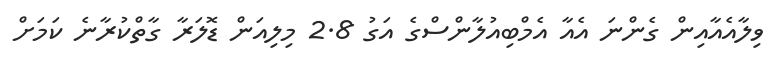
ވިލާއެއާއިން ގެންނަ އެއާ އެމްބިއުލާންސްގެ އަގު 2.8 މިލިއަން ޑޮލަރާ ގާތްކުރާނެ ކަމަށް